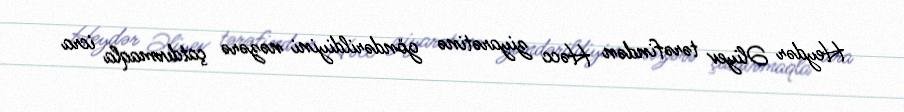
Heydər Əliyev tərəfindən Həcc ziyarətinə göndərildiyini nəzərə çatdırmaqla icra